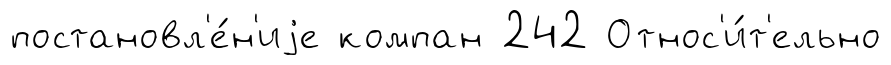
постановл'е́н'иjе компан 242 Относ'и́т'ельно